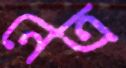
নেত্র